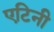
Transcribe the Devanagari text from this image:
एटिनी